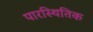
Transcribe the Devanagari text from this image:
पारस्थितिक